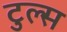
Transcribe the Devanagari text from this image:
टुल्स